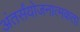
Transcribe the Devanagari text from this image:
अंतर्संयोजनात्मकता